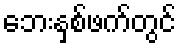
ဘေးနှစ်ဖက်တွင်